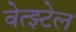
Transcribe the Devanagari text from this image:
वेत्झ्टेल